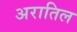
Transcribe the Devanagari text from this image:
अरातिल